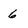
Character: 6